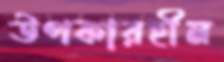
উপকারহীন